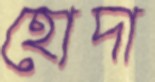
হোদা